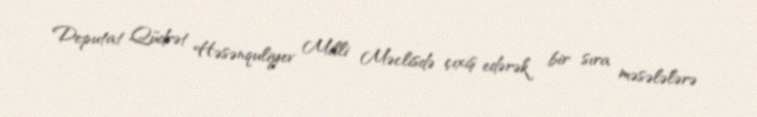
Deputat Qüdrət Həsənquliyev Milli Məclisdə çıxış edərək bir sıra məsələlərə